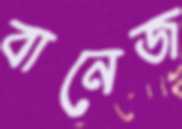
বানেজ